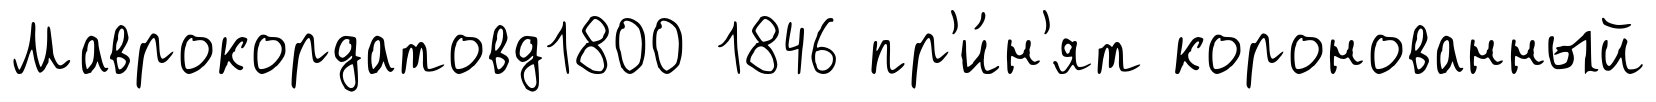
Маврокордатовд1800 1846 пр'и́н'ят коронованный